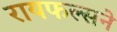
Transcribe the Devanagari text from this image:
रायफल्सने